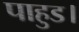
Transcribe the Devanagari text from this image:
पाहुड।